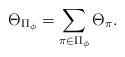
LaTeX: \begin{align*} \Theta_{\Pi_\phi}= \sum_{\pi \in \Pi_{\phi}} \Theta_\pi. \end{align*}